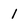
Character: 1